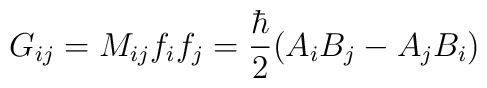
G_{ij}= M_{ij}f_i  f_j=\frac{\hbar}{2}(A_iB_j-A_jB_i)